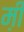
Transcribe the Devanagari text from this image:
म़ी